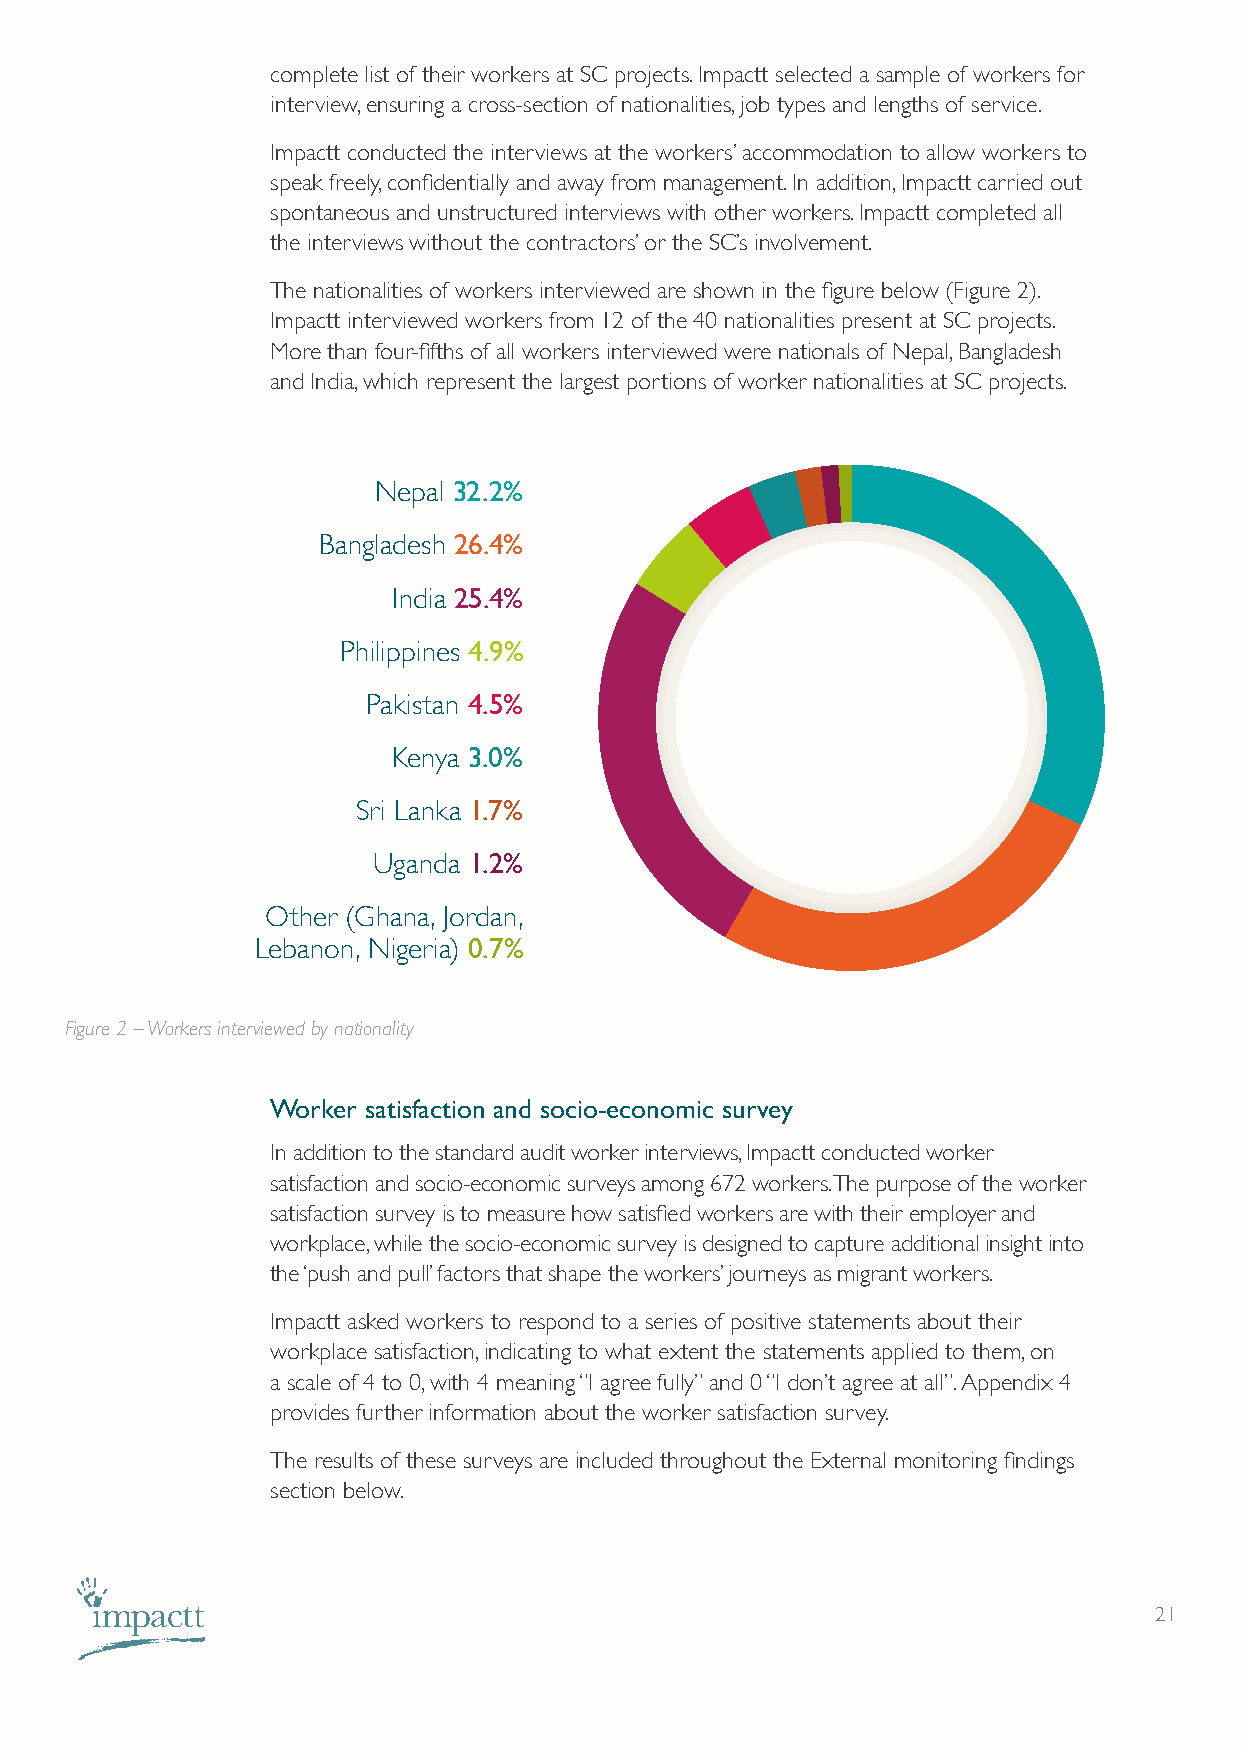
complete list of their workers at SC projects. Impactt selected a sample of workers for
 interview, ensuring a cross-section of nationalities, job types and lengths of service.
 Impactt conducted the interviews at the workers’ accommodation to allow workers to
 speak freely, confidentially and away from management. In addition, Impactt carried out
 spontaneous and unstructured interviews with other workers. Impactt completed all
 the interviews without the contractors’ or the SC’s involvement.
 The nationalities of workers interviewed are shown in the figure below (Figure 2).
 Impactt interviewed workers from 12 of the 40 nationalities present at SC projects.
 More than four-fifths of all workers interviewed were nationals of Nepal, Bangladesh
 and India, which represent the largest portions of worker nationalities at SC projects.
 Nepal 32.2%
 Bangladesh 26.4%
 India 25.4%
 Philippines 4.9%
 Pakistan 4.5%
 Kenya 3.0%
 Sri Lanka 1.7%
 Uganda 1.2%
 Other (Ghana, Jordan,
 Lebanon, Nigeria) 0.7%
 Figure 2 – Workers interviewed by nationality
 Worker satisfaction and socio-economic survey
 In addition to the standard audit worker interviews, Impactt conducted worker
 satisfaction and socio-economic surveys among 672 workers. The purpose of the worker
 satisfaction survey is to measure how satisfied workers are with their employer and
 workplace, while the socio-economic survey is designed to capture additional insight into
 the ‘push and pull’ factors that shape the workers’ journeys as migrant workers.
 Impactt asked workers to respond to a series of positive statements about their
 workplace satisfaction, indicating to what extent the statements applied to them, on
 a scale of 4 to 0, with 4 meaning “I agree fully” and 0 “I don’t agree at all”. Appendix 4
 provides further information about the worker satisfaction survey.
 The results of these surveys are included throughout the External monitoring findings
 section below.
 21